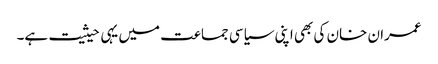
عمران خان کی بھی اپنی سیاسی جماعت میں یہی حیثیت ہے۔